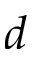
d